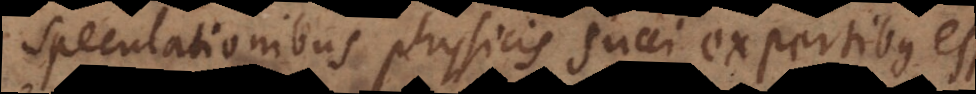
speculationibus physicis succi expertibus es